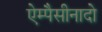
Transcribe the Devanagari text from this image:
ऐम्पैसीनादो